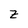
Character: z